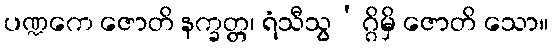
ပဏ္ဍကေ ဇောတိ နက္ခတ္တ၊ ရံသီသွ’ဂ္ဂိမှိ ဇောတိ သော။